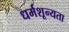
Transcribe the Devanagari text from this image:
धर्मशून्यता